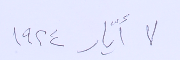
٧ أيّار ١٩٢٤